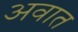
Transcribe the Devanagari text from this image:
अवात